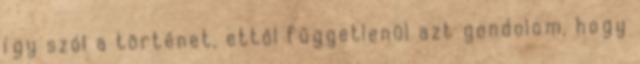
így szól a történet, ettől függetlenül azt gondolom, hogy